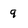
Character: 9